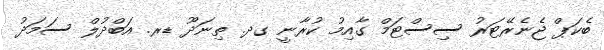
ބެކަޕް ޖެނެރޭޓަރު ސިސްޓަމް ގާއިމު ކުރާނީ ގދ. ތިނަދޫ ޑރ. އަބްދުލް ސަމަދު